Newspaper: The Indianapolis sentinel. [volume]
Place of publication: Indianapolis, Ind.
Publisher: Indianapolis Sentinel Co.
Date: 1885-05-16 00:00:00
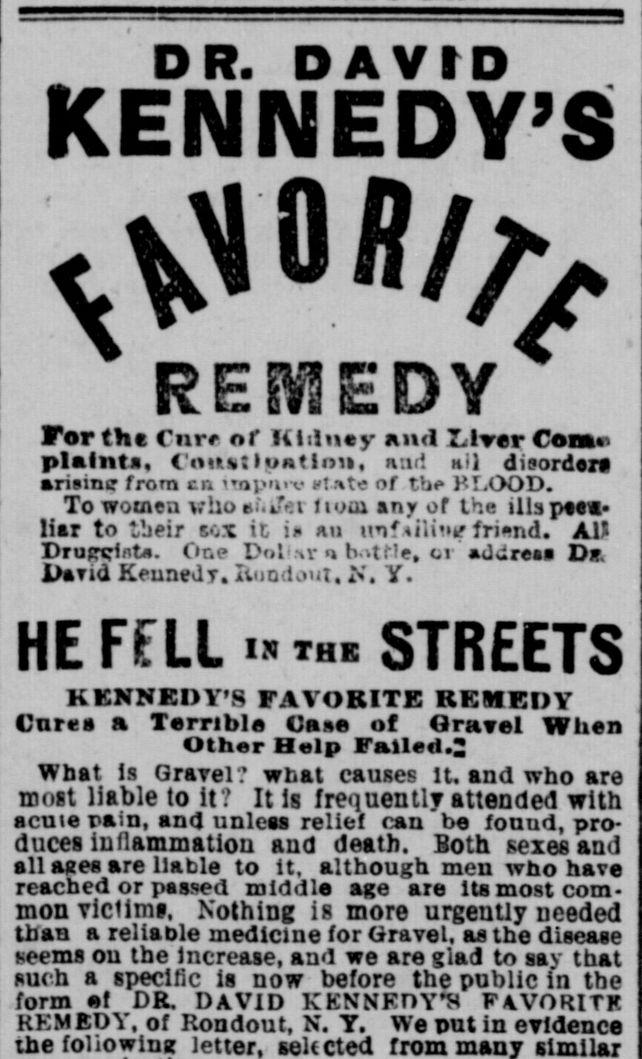
Advertisement text (OCR):
DR. DAVID KEWWEDV REilEOY For the Cure or Klilnej- and Urer Com plaints, OmfctloAtioit, r:k! hü disorders arising? from en tnpmv ft t of tli lI.OOD. To women vho nVa Ituiu any of the illspr liar to Vjeir eox it in am nnf np? frind. AW Drufrclflt. One Dl'.r b.tHe, er Jdre D. iTid Kennedy. Iiuoii jut, lt Y . HE FELL i the STREETS KENNEDY'S FAVORITE REMEDY Cures a Terrible Case of Grarel When Other Help Failed. What is Grarel? wnat causes it. and who are most liable to it? It is frequently attended with acute rain, and unless relief can be found, pro duces inflammation and death. Both sexes and all ages are liable to it, although men who have reached or passed middle age are Its most com monviclimf, Nothing is more urgently needed than a reliable medicine for Gravel, as the disease teems on the Increase, and we are glad to say that such a specific is now before the public in the form ! DR. DAVID KENNEDY'S FWORITK REMEDY, of Rondout, N. Y. We nut in evidence the following selected similar
Label: text-only